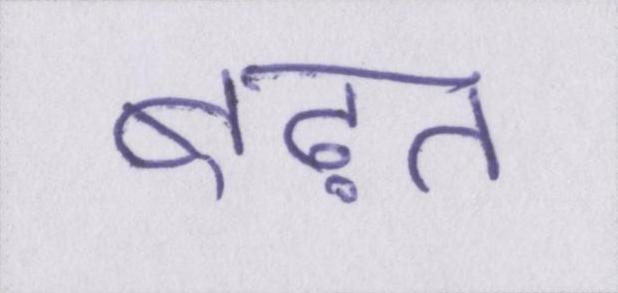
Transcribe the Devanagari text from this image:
बढ़त